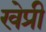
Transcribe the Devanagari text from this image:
खेप्री